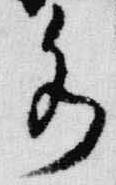
水